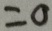
= 0